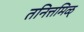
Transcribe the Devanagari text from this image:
तनित्तमिळ्